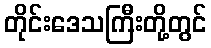
တိုင်းဒေသကြီးတို့တွင်